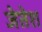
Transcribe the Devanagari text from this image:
जेतेश